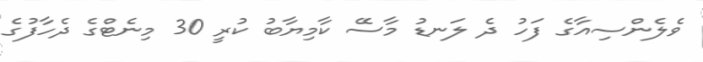
ވެލެންސިއާގެ ފަހު ދެ ލަނޑު މާސޭ ކާމިޔާބު ކުރީ 30 މިނެޓްގެ ދެހާފުގެ